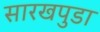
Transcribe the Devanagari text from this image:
सारखपुडा